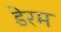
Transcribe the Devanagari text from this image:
डेरम